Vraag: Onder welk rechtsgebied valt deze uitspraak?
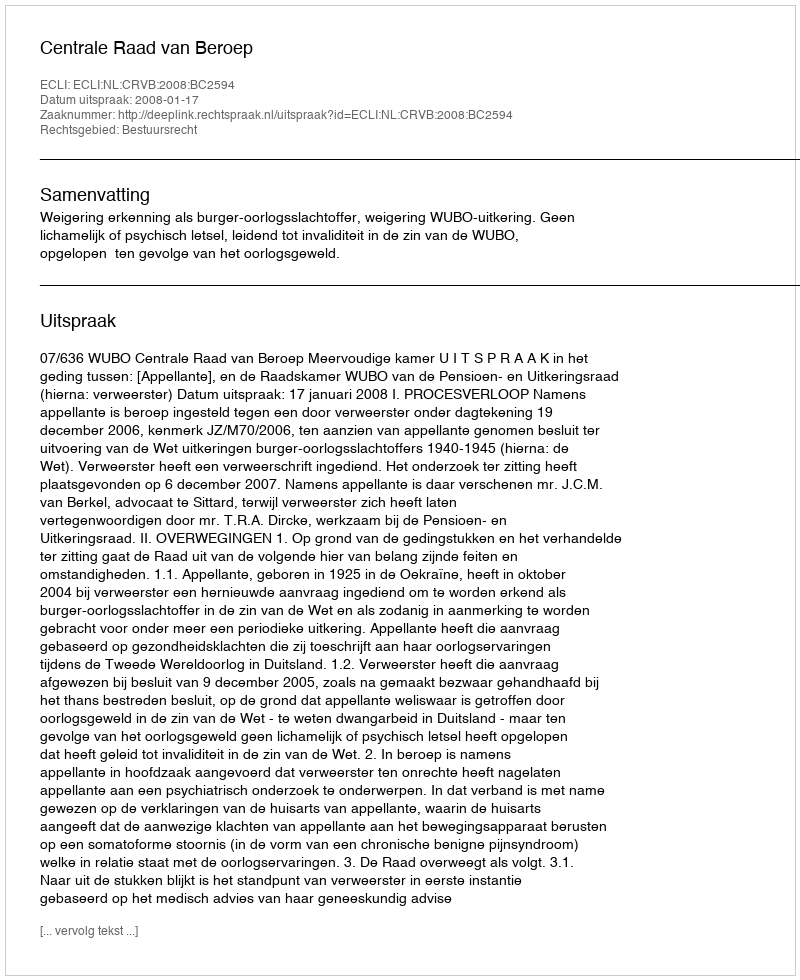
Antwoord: Bestuursrecht